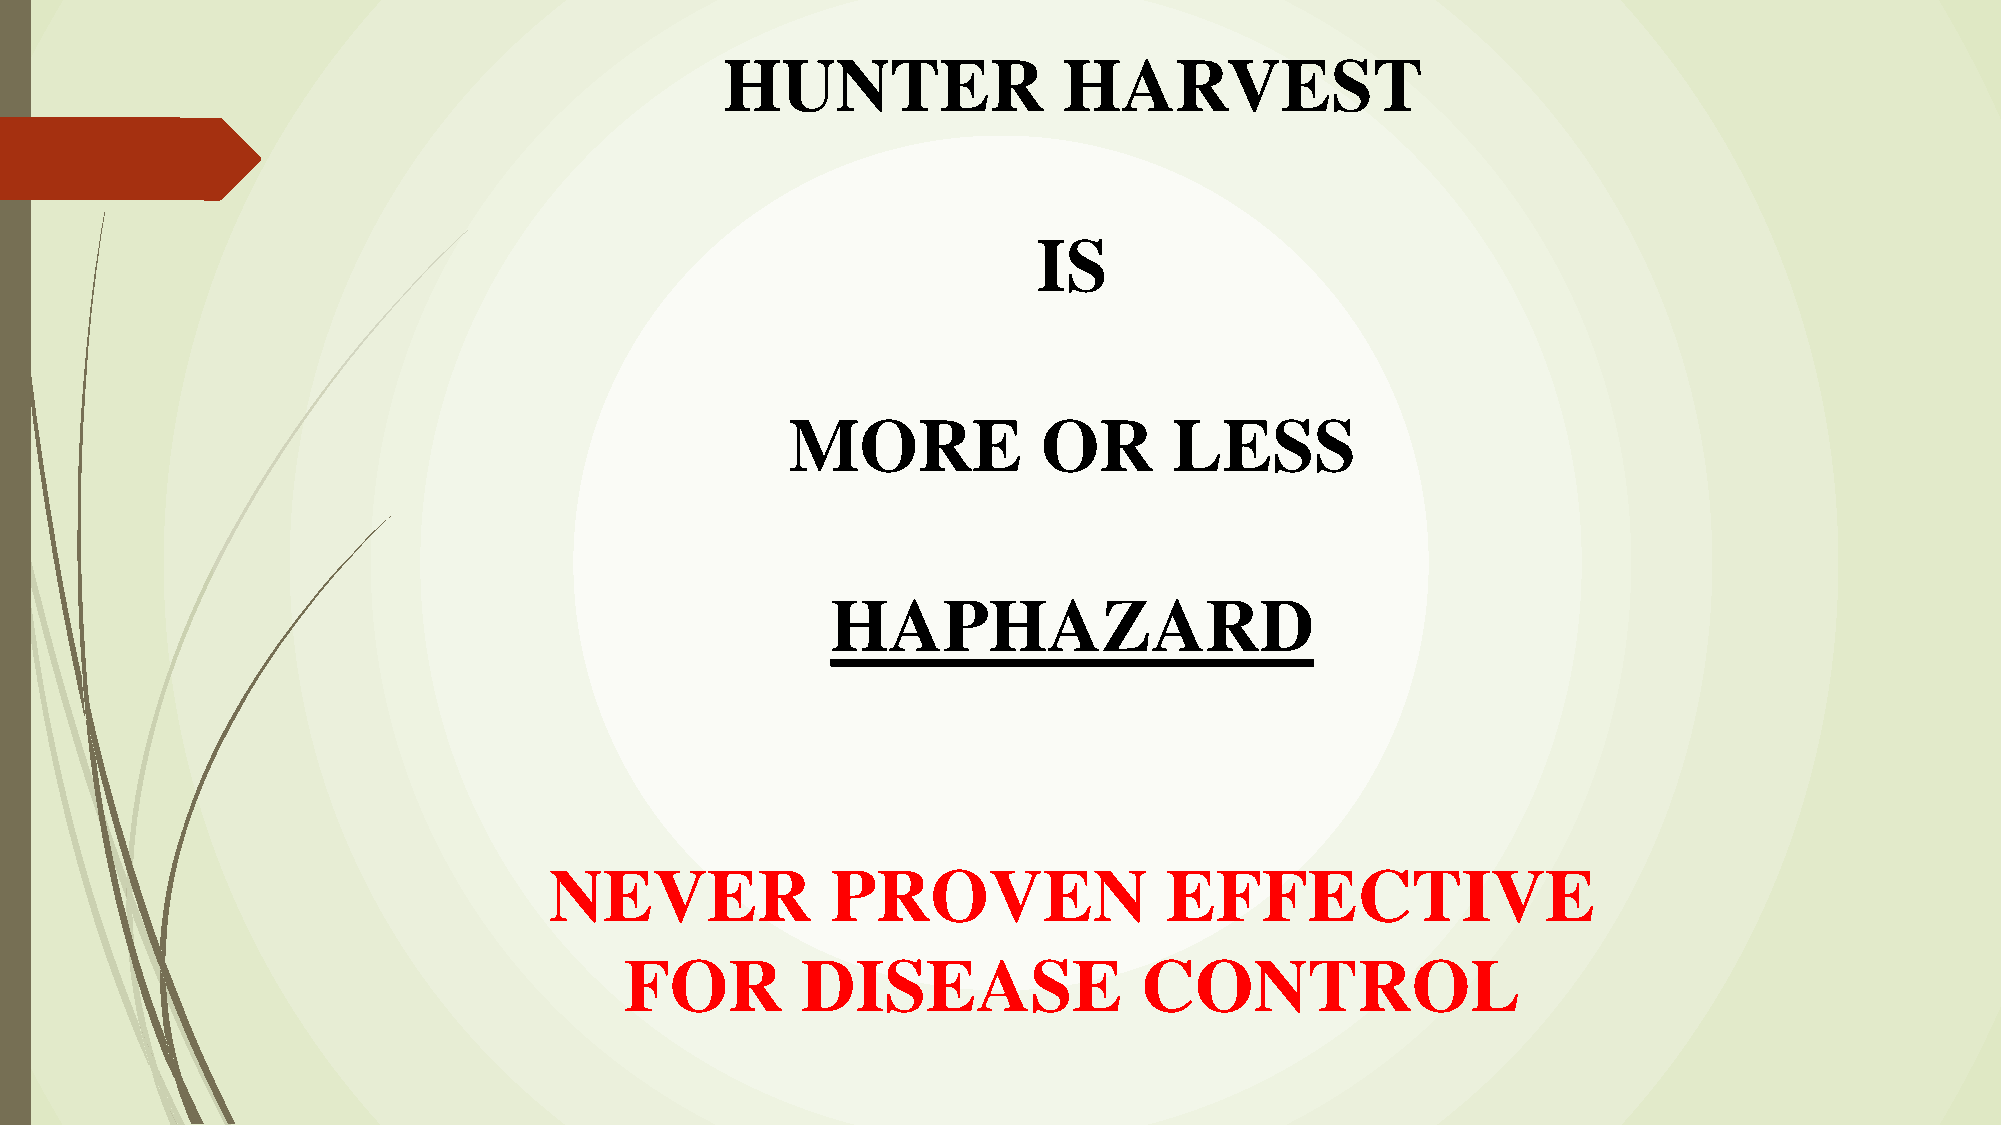
HUNTER                HARVEST
 IS
 MORE             OR       LESS
 HAPHAZARD
 NEVER              PROVEN                EFFECTIVE
 FOR         DISEASE               CONTROL